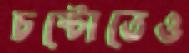
চষ্টোতেও